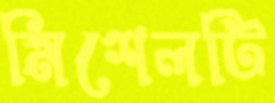
মিশেলটি